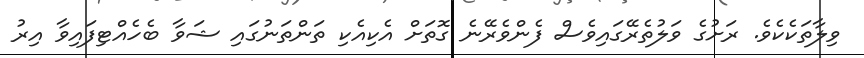
ވިލާތަކެކެވެ. ރަށުގެ ވަލުތެރޭގައިވެސް ފެންވެރޭނެ ގޮތަށް އެކިއެކި ތަންތަނުގައި ޝަވާ ބެހެއްޓިފައިވާ އިރު